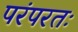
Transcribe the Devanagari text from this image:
परंपरतः